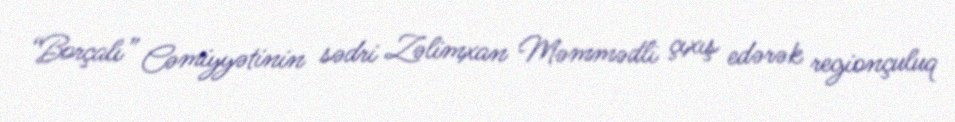
“Borçalı” Cəmiyyətinin sədri Zəlimxan Məmmədli çıxış edərək regionçuluq